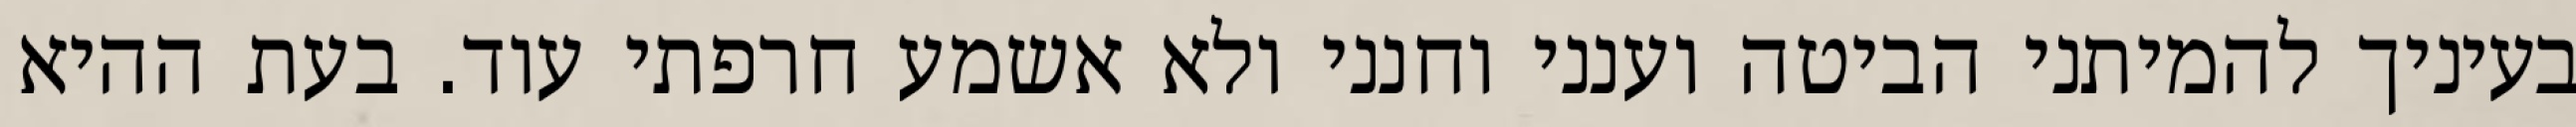
בעיניך להמיתני הביטה וענני וחנני ולא אשמע חרפתי עוד. בעת ההיא